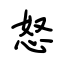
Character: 怒